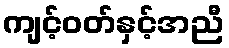
ကျင့်ဝတ်နှင့်အညီ